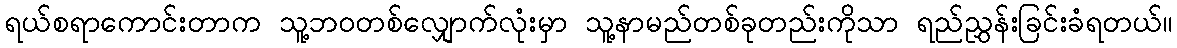
ရယ်စရာကောင်းတာက သူ့ဘဝတစ်လျှောက်လုံးမှာ သူ့နာမည်တစ်ခုတည်းကိုသာ ရည်ညွှန်းခြင်းခံရတယ်။